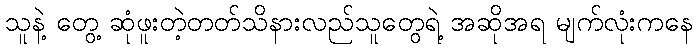
သူနဲ့ တွေ့ ဆုံဖူးတဲ့တတ်သိနားလည်သူတွေရဲ့ အဆိုအရ မျက်လုံးကနေ